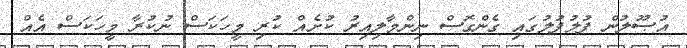
އުޞޫލުން ފުލުފުލުގައި ގެންގޮސް ނިންމާލިއިރު ކުށެއް ކުރި މީހަކަސް ނުކުރާ މީހަކަސް އެއް